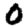
Digit: 0